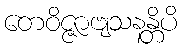
တေဝိဇ္ဇာဗျသနန္တိပိ